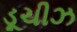
ડૂચીઝ